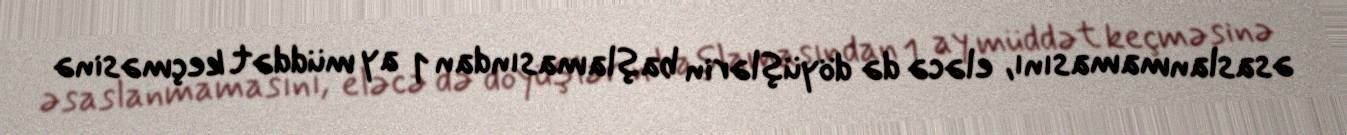
əsaslanmamasını, eləcə də döyüşlərin başlamasından 1 ay müddət keçməsinə